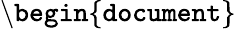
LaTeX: \mathtt{\backslash begin\{ document\} }